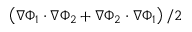
\left( \nabla \Phi _ { 1 } \cdot \nabla \Phi _ { 2 } + \nabla \Phi _ { 2 } \cdot \nabla \Phi _ { 1 } \right) / 2